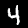
Label: 4